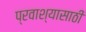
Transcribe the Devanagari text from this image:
प्रवाश्यासाठी